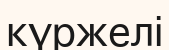
күржелі